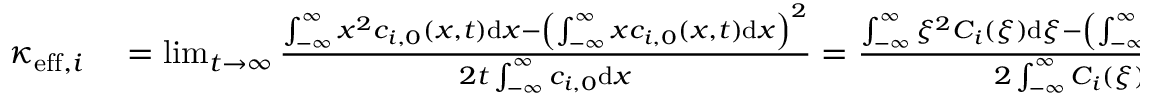
\begin{array} { r l } { \kappa _ { \mathrm { e f f } , i } } & { { } = \operatorname* { l i m } _ { t \rightarrow \infty } \frac { \int _ { - \infty } ^ { \infty } x ^ { 2 } c _ { i , 0 } ( x , t ) \mathrm { d } x - \left( \int _ { - \infty } ^ { \infty } x c _ { i , 0 } ( x , t ) \mathrm { d } x \right) ^ { 2 } } { 2 t \int _ { - \infty } ^ { \infty } c _ { i , 0 } \mathrm { d } x } = \frac { \int _ { - \infty } ^ { \infty } \xi ^ { 2 } C _ { i } ( \xi ) \mathrm { d } \xi - \left( \int _ { - \infty } ^ { \infty } \xi C _ { i } ( \xi ) \mathrm { d } \xi \right) ^ { 2 } } { 2 \int _ { - \infty } ^ { \infty } C _ { i } ( \xi ) \mathrm { d } \xi } . } \end{array}